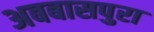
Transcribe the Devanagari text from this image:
अबबासपुरा